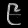
Digit: ၉